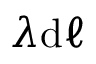
\lambda \mathrm { d } \ell